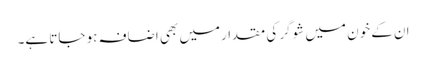
ان کے خون میں شوگر کی مقدارمیں بھی اضافہ ہو جاتا ہے۔